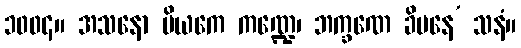
၁၀၀၄။ အသနော ပိယကေ ကဏ္ဍေ၊ ဘက္ခဏေ ခိပနေ’ သနံ။